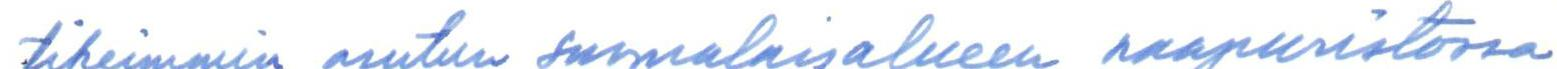
tiheimmin asutun suomalaisalueen naapuristossa